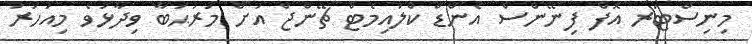
މިނިސްޓަރ އޮފް ފިނޭންސް އެންޑް ކްލައިމެޓް ޗޭންޖް އަށް މަރުޙަބާ ވިދާޅުވެ މިއަހަރު